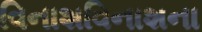
વિનાશવિનાશના